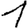
Digit: 1